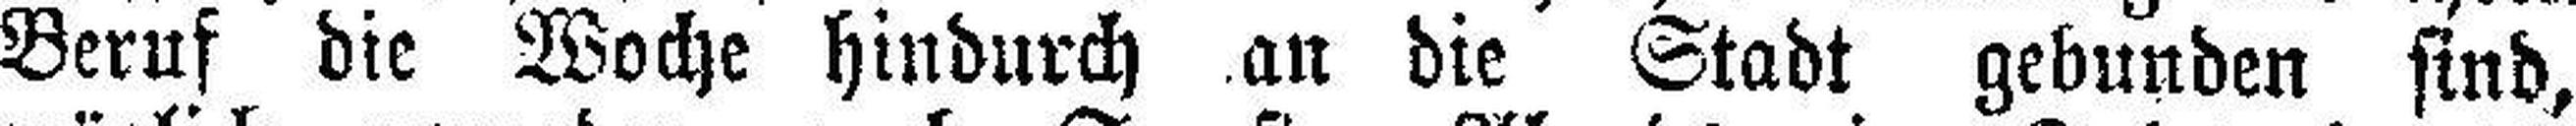
Beruf die Woche hindurch an die Stadt gebunden sind,